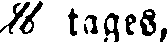
H tages,